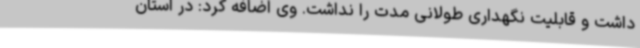
داشت و قابلیت نگهداری طولانی مدت را نداشت. وی اضافه کرد: در استان